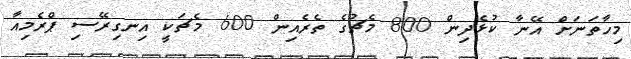
މިހާތަނަށް އޭނާ ކުޅެދިން 800 މެޗުގެ ތެރެއިން 600 މެޗަކީ އިނގިރޭސި ޕްރެމިއާ